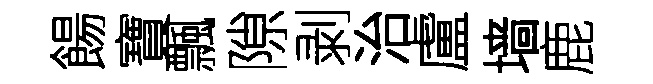
餳寶飄隙剥治盧墙鹿